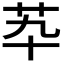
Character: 𦬡